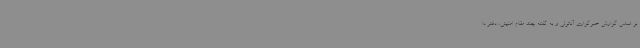
بر اساس گزارش خبرگزاری آناتولی و به گفته چند مقام امنیتی، دفتر دا